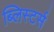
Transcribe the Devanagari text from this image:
ब्लिस्टर्स